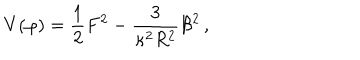
LaTeX: V ( \varphi ) = \frac { 1 } { 2 } F ^ { 2 } - \frac { 3 } { \kappa ^ { 2 } R ^ { 2 } } { \cal B } ^ { 2 } \, ,